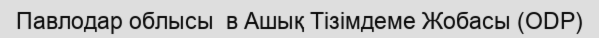
Павлодар облысы  в Ашық Тізімдеме Жобасы (ODP)